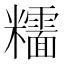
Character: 𥽯